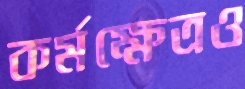
কর্মক্ষেত্রও